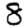
Digit: 8